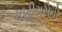
કારીગરોની